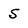
Character: s